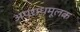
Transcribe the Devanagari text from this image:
अपराधमूलक